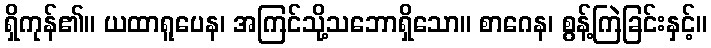
ရှိကုန်၏။ ယထာရူပေန၊ အကြင်သို့သဘောရှိသော။ စာဂေန၊ စွန့်ကြဲခြင်းနှင့်။